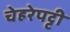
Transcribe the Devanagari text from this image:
चेहरेपट्टी